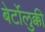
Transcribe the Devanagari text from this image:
बेर्टोलुक्की